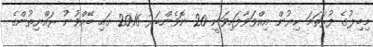
މިބިލުގެ ފުރަތަމަ ކިޔުން އިއްވަވާފައިވަނީ 20 ނޮވެންބަރު 2016 ގައި ބޭއްވުނު ރައްޔިތުންގެ